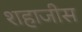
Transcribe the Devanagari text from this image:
शहाजीस